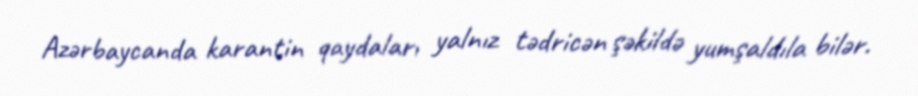
Azərbaycanda karantin qaydaları yalnız tədricən şəkildə yumşaldıla bilər.